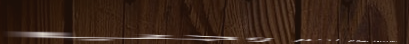
مطعم السعادة يقدم لكم وجب